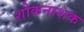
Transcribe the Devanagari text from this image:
शोकनाशक